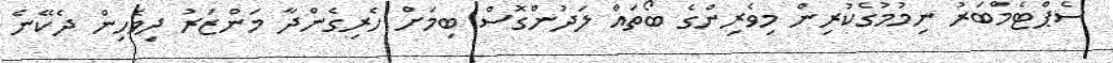
ސެޕްޓެމްބަރު ނިމުމުގެކުރިން މިވެރިންގެ ބޯތައް ލަދުންގޮސް ބިމަށް ހެރިގެންދާ މަންޒަރު ދިވެހިން ދެކޭނެ